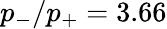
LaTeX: p_{-}/p_{+}=3.66